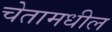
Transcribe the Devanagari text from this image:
चेतामधील